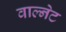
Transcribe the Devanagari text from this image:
वाल्नेट